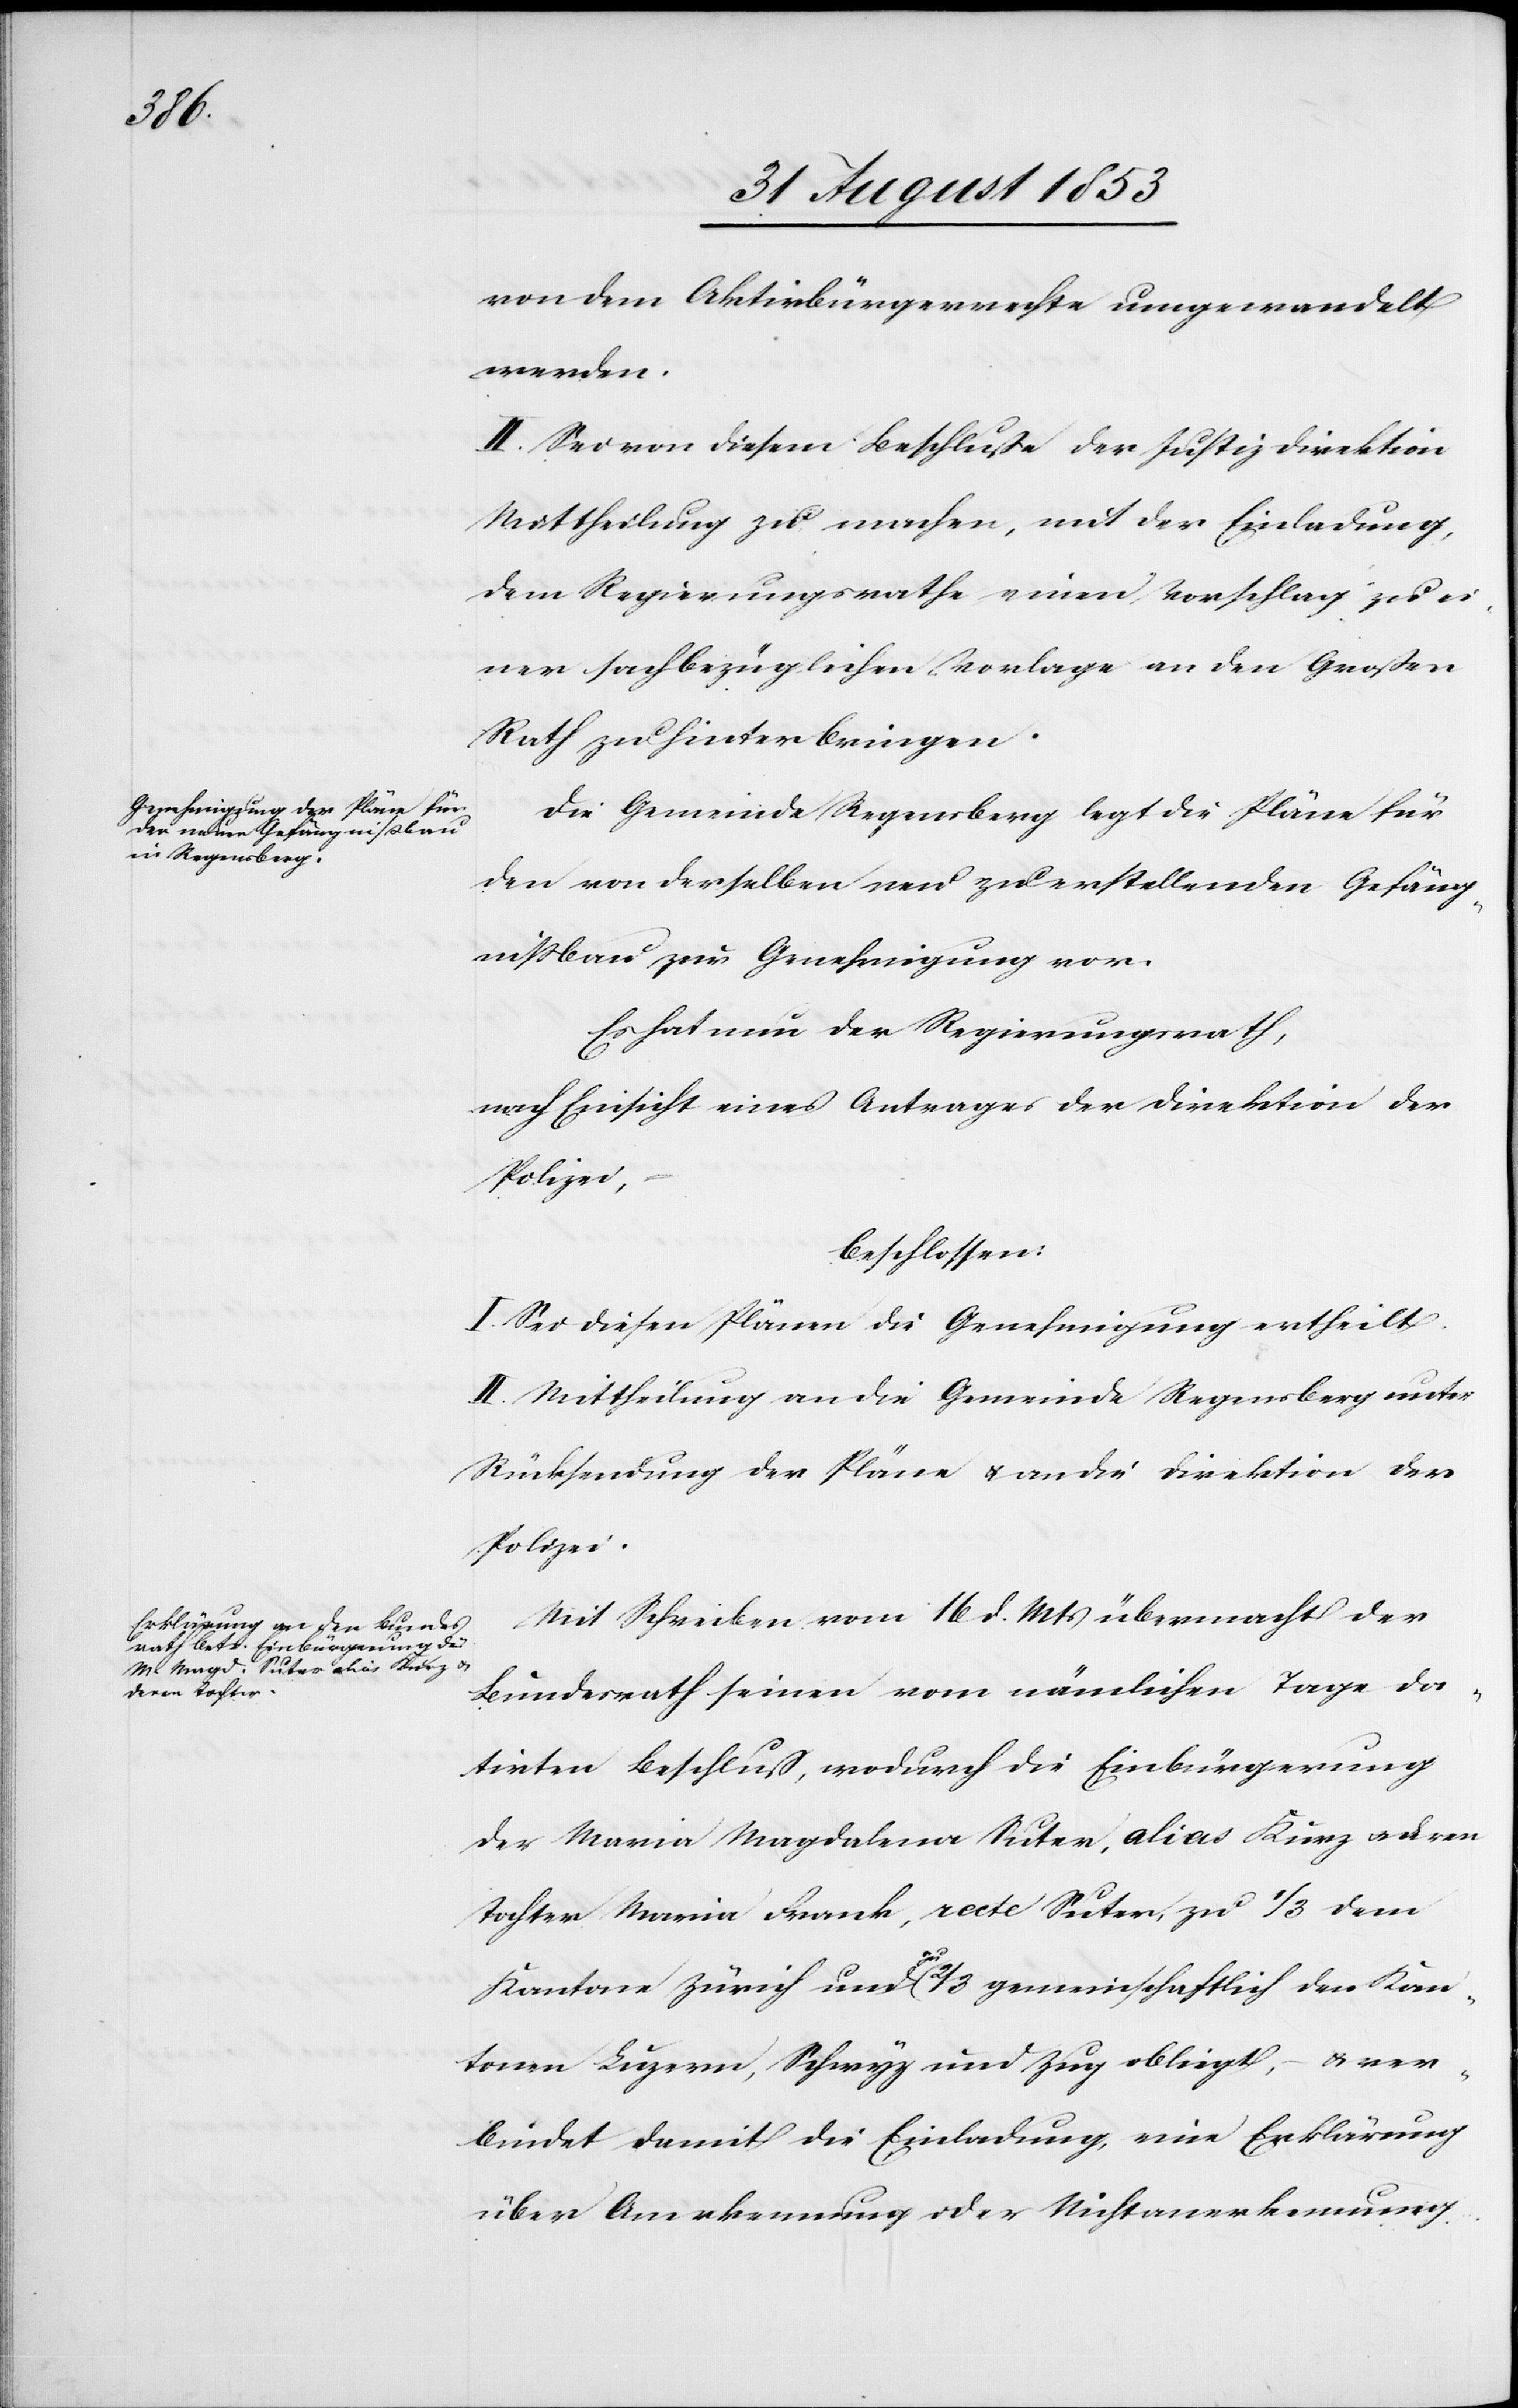
von dem Aktivbürgerrechte umgewandelt
werden.
II. Sei von diesem Beschluße der Justizdirektion
Mittheilung zu machen, mit der Einladung,
dem Regierungsrathe einen Vorschlag zu ei¬
ner sachbezüglichen Vorlage an den Großen
Rath zu hinterbringen.
Die Gemeinde Regensberg legt die Pläne für
den von derselben neu zu erstellenden Gefäng¬
nißbau zur Genehmigung vor.
Es hat der Regierungsrath,
nach Einsicht eines Antrages der Direktion der
Polizei,
beschlossen:
I. Sei diesen Plänen die Genehmigung ertheilt.
II. Mittheilung an die Gemeinde Regensberg unter
Rücksendung der Pläne u. an die Direktion der
Polizei.
Mit Schreiben vom 16 d. Mts. übermacht der
Bundesrath seinen vom nämlichen Tage da¬
tirten Beschluß, wodurch die Einbürgerung
der Maria Magdalena Suter, alias Kurz u. deren
Tochter Maria Frank, recte Suter, zu 1/3 dem
Kanton Zürich und zu 2/3 gemeinschaftlich den Kan¬
tonen Luzern, Schwyz und Zug obliegt, – u. ver¬
bindet damit die Einladung, eine Erklärung
über Anerkennung oder Nichtanerkennung